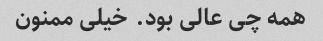
همه چی عالی بود. خیلی ممنون